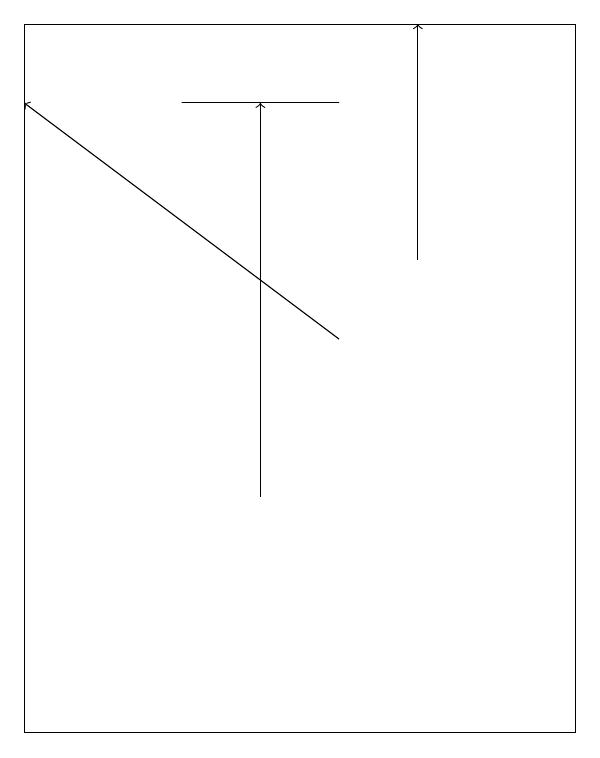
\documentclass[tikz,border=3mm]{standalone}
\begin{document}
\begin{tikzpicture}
\draw (6,18) rectangle (4,18);
\draw (9,10) rectangle (2,19);
\draw (2,17) rectangle (2,17);
\draw[->] (7,16) -- (7,19);
\draw[->] (5,13) -- (5,18);
\draw[->] (6,15) -- (2,18);
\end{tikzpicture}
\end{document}